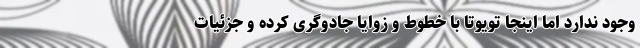
وجود ندارد اما اینجا تویوتا با خطوط و زوایا جادوگری کرده و جزئیات